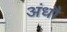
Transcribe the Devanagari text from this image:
अंधौ